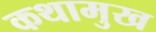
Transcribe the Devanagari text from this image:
कथामुख